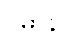
ဝိဓာနဝါ